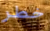
خطر